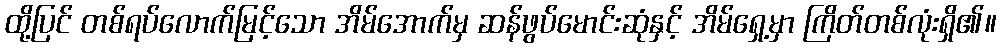
ထို့ပြင် တစ်ရပ်လောက်မြင့်သော အိမ်အောက်မှ ဆန်ဖွပ်မောင်းဆုံနှင့် အိမ်ရှေ့မှာ ကြိတ်တစ်လုံးရှိ၏။